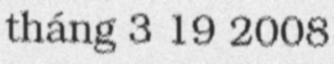
tháng 3 19 2008